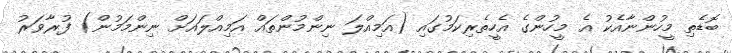
ބޮޑެތި މީހުންނާއެކު އެ މީހުންގެ އެހީތެރިކަމުގައި (އަމިއްލަ ނިންމުންތައް އަމިއްލައަށް ނިންމަމުން) ފުރާވަރު